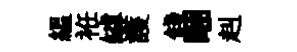
緼袵罅護餞睏赳